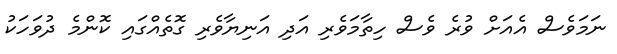
ނަމަވެސް އެއަށް ވުރެ ވެސް ހިތާމަވެރި އަދި އަނިޔާވެރި ގޮތެއްގައި ކޮންމެ ދުވަހަކު